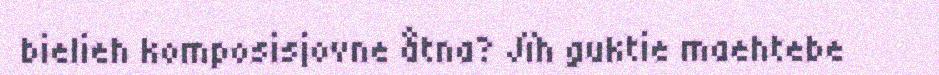
bielieh komposisjovne åtna? Jïh guktie maehtebe